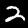
Label: 2